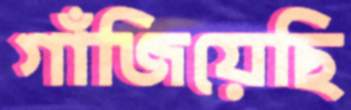
গাঁজিয়েছি